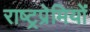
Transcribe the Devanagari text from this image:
राष्ट्रप्रेमियों